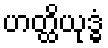
ဟတ္ထိယုဒ္ဓံ